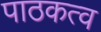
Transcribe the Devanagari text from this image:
पाठकत्व